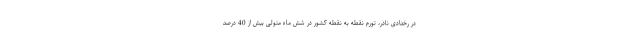
در رخدادی نادر، تورم نقطه به نقطه کشور در شش ماه متولی بیش از 40 درصد